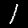
Digit: 1